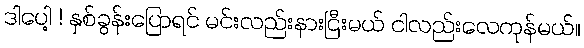
ဒါပေါ့ ! နှစ်ခွန်းပြောရင် မင်းလည်းနားငြီးမယ် ငါလည်းလေကုန်မယ်။